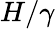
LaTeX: H/\gamma